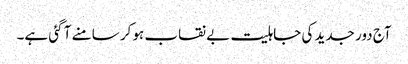
آج دور جدید کی جاہلیت بے نقاب ہو کر سامنے آ گئی ہے۔